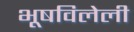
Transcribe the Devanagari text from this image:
भूषविलेली